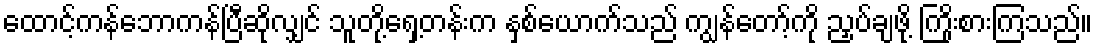
ထောင့်ကန်ဘောကန်ပြီဆိုလျှင် သူတို့ရှေ့တန်းက နှစ်ယောက်သည် ကျွန်တော့်ကို ညှပ်ချဖို့ ကြိုးစားကြသည်။